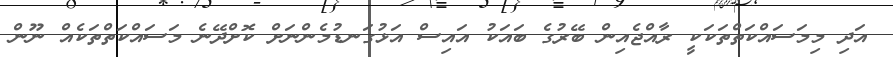
އަދި މިމަސައްކަތްތަކަކީ ރާއްޖެއިން ބޭރުގެ ބައަކު އައިސް އަޅުގަނޑުމެންނަށް ކޮށްދޭނެ މަސައްކަތްތަކެއް ނޫން